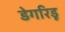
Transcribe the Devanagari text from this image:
डेगरिडू